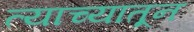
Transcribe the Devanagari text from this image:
त्याच्यातून